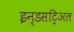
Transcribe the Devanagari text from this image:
इन्डसट्रिअल